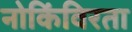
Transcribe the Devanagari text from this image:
नोकिंविरता